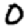
Digit: 0